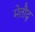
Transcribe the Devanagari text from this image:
मेतौद्